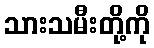
သားသမီးတို့ကို